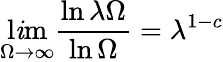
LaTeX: \operatorname*{l\mathit{i}m}_{\Omega\to\infty}\frac{{\ln\lambda\Omega}}{{\ln\Omega}}=\lambda^{1-c}